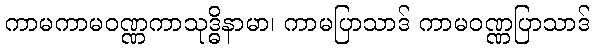
ကာမကာမဝဏ္ဏကာသုဒ္ဓိနာမာ၊ ကာမပြာသာဒ် ကာမဝဏ္ဏပြာသာဒ်